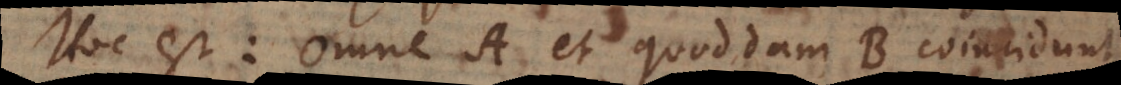
Hoc est: Omne A et quoddam B coincidunt.